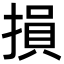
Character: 損